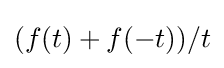
(f(t)+f(-t))/t